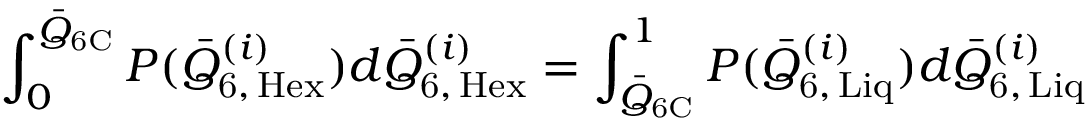
\int _ { 0 } ^ { \bar { Q } _ { \mathrm { 6 C } } } P ( \bar { Q } _ { \mathrm { 6 , \, H e x } } ^ { ( i ) } ) d \bar { Q } _ { \mathrm { 6 , \, H e x } } ^ { ( i ) } = \int _ { \bar { Q } _ { \mathrm { 6 C } } } ^ { 1 } P ( \bar { Q } _ { \mathrm { 6 , \, L i q } } ^ { ( i ) } ) d \bar { Q } _ { \mathrm { 6 , \, L i q } } ^ { ( i ) }